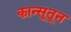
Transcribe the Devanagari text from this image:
कान्सूतून